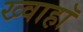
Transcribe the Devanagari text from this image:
ख्वाहाॅ